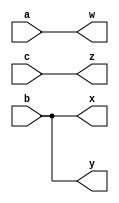
module top_module(
    input a,b,c,
    output w,x,y,z );

    assign {w, x, y, z} = {a, b, b, c};

endmodule